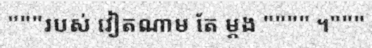
"""របស់ វៀតណាម តែ ម្តង """" ។"""